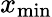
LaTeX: x_{\mathrm{min}}